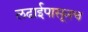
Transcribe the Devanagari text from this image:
लढाईपासूनच